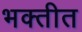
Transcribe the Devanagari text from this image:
भक्तीत